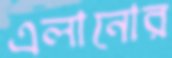
এলানোর